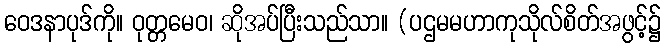
ဝေဒနာပုဒ်ကို။ ဝုတ္တမေဝ၊ ဆိုအပ်ပြီးသည်သာ။ (ပဌမမဟာကုသိုလ်စိတ်အဖွင့်၌